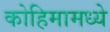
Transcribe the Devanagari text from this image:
कोहिमामध्ये